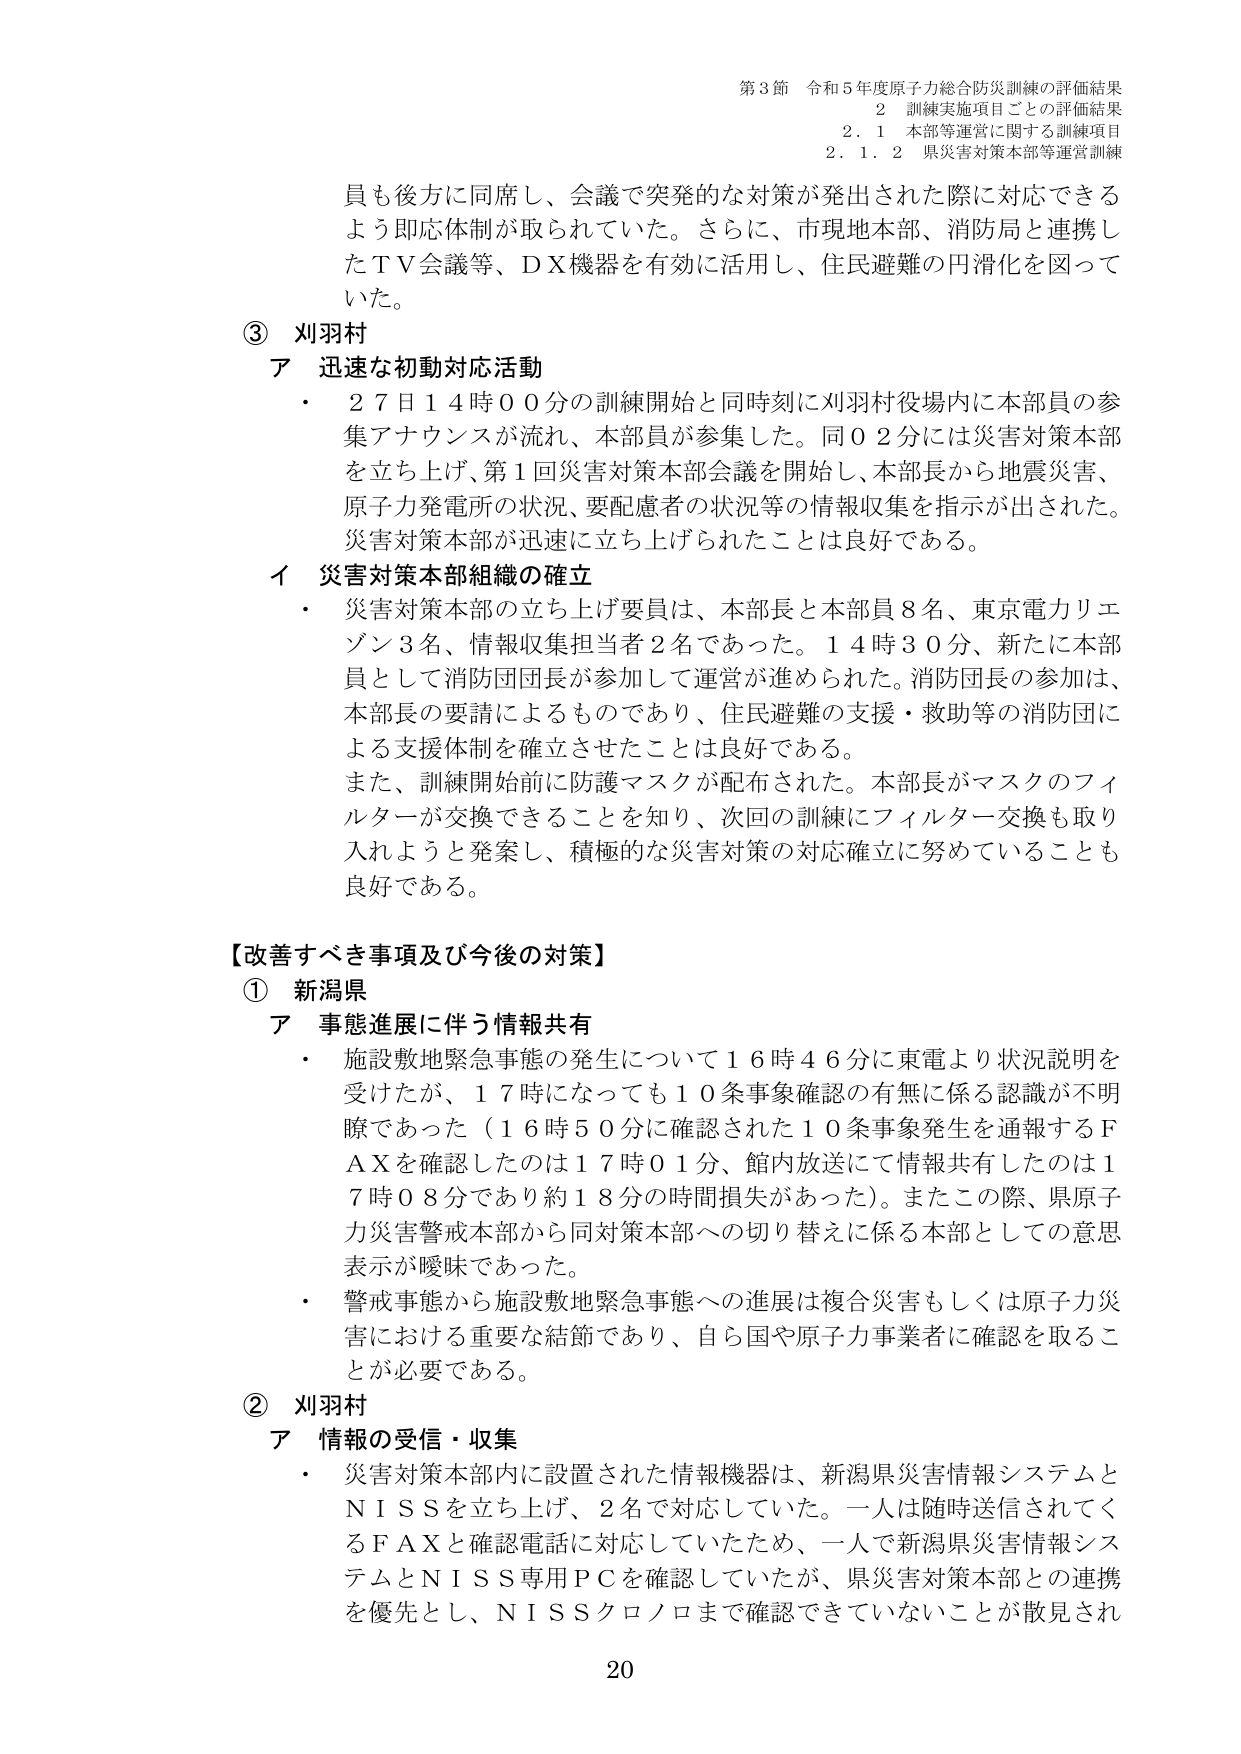
第3節 令和5年度原子力総合防災訓練の評価結果
2 訓練実施項目ごとの評価結果
2.1 本部等運営に関する訓練項目
2.1.2 県災害対策本部等運営訓練

員も後方に同席し、会議で突発的な対策が発出された際に対応できるよう即応体制が取られていた。さらに、市現地本部、消防局と連携したＴＶ会議等、ＤＸ機器を有効に活用し、住民避難の円滑化を図っていた。

③ 刈羽村
ア 迅速な初動対応活動
・ 27日14時00分の訓練開始と同時刻に刈羽村役場内に本部員の参集アナウンスが流れ、本部員が参集した。同02分には災害対策本部を立ち上げ、第1回災害対策本部会議を開始し、本部長から地震災害、原子力発電所の状況、要配慮者の状況等の情報収集を指示が出された。災害対策本部が迅速に立ち上げられたことは良好である。

イ 災害対策本部組織の確立
・ 災害対策本部の立ち上げ要員は、本部長と本部員8名、東京電力リエゾン3名、情報収集担当者2名であった。14時30分、新たに本部員として消防団団長が参加して運営が進められた。消防団長の参加は、本部長の要請によるものであり、住民避難の支援・救助等の消防団による支援体制を確立させたことは良好である。
また、訓練開始前に防護マスクが配布された。本部長がマスクのフィルターが交換できることを知り、次回の訓練にフィルター交換も取り入れようと発案し、積極的な災害対策の対応確立に努めていることも良好である。

【改善すべき事項及び今後の対策】
① 新潟県
ア 事態進展に伴う情報共有
・ 施設敷地緊急事態の発生について16時46分に東電より状況説明を受けたが、17時になっても10条事象確認の有無に係る認識が不明瞭であった（16時50分に確認された10条事象発生を通報するＦＡＸを確認したのは17時01分、館内放送にて情報共有したのは17時08分であり約18分の時間損失があった）。またこの際、県原子力災害警戒本部から同対策本部への切り替えに係る本部としての意思表示が曖昧であった。
・ 警戒事態から施設敷地緊急事態への進展は複合災害もしくは原子力災害における重要な結節であり、自ら国や原子力事業者に確認を取ることが必要である。

② 刈羽村
ア 情報の受信・収集
・ 災害対策本部内に設置された情報機器は、新潟県災害情報システムとＮＩＳＳを立ち上げ、2名で対応していた。一人は随時送信されてくるＦＡＸと確認電話に対応していたため、一人で新潟県災害情報システムとＮＩＳＳ専用ＰＣを確認していたが、県災害対策本部との連携を優先とし、ＮＩＳＳクロノロまで確認できていないことが散見され

20